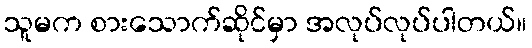
သူမက စားသောက်ဆိုင်မှာ အလုပ်လုပ်ပါတယ်။